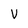
Character: V